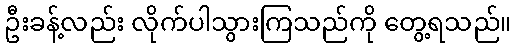
ဦးခန့်လည်း လိုက်ပါသွားကြသည်ကို တွေ့ရသည်။